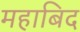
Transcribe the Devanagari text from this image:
महाबिद